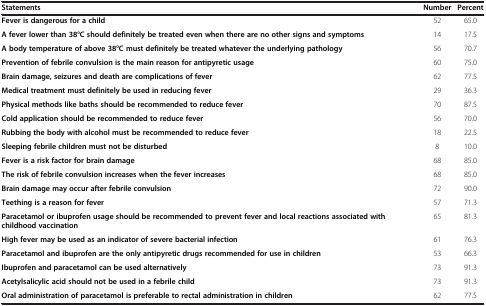
<table><thead><tr><td><b>Statements</b></td><td><b>Number</b></td><td><b>Percent</b></td></tr></thead><tbody><tr><td><b>Fever is dangerous for a child</b></td><td>52</td><td>65.0</td></tr><tr><td><b>A fever lower than 38°C should definitely be treated even when there are no other signs and symptoms</b></td><td>14</td><td>17.5</td></tr><tr><td><b>A body temperature of above 38°C must definitely be treated whatever the underlying pathology</b></td><td>56</td><td>70.7</td></tr><tr><td><b>Prevention of febrile convulsion is the main reason for antipyretic usage</b></td><td>60</td><td>75.0</td></tr><tr><td><b>Brain damage, seizures and death are complications of fever</b></td><td>62</td><td>77.5</td></tr><tr><td><b>Medical treatment must definitely be used in reducing fever</b></td><td>29</td><td>36.3</td></tr><tr><td><b>Physical methods like baths should be recommended to reduce fever</b></td><td>70</td><td>87.5</td></tr><tr><td><b>Cold application should be recommended to reduce fever</b></td><td>56</td><td>70.0</td></tr><tr><td><b>Rubbing the body with alcohol must be recommended to reduce fever</b></td><td>18</td><td>22.5</td></tr><tr><td><b>Sleeping febrile children must not be disturbed</b></td><td>8</td><td>10.0</td></tr><tr><td><b>Fever is a risk factor for brain damage</b></td><td>68</td><td>85.0</td></tr><tr><td><b>The risk of febrile convulsion increases when the fever increases</b></td><td>68</td><td>85.0</td></tr><tr><td><b>Brain damage may occur after febrile convulsion</b></td><td>72</td><td>90.0</td></tr><tr><td><b>Teething is a reason for fever</b></td><td>57</td><td>71.3</td></tr><tr><td><b>Paracetamol or ibuprofen usage should be recommended to prevent fever and local reactions associated with childhood vaccination</b></td><td>65</td><td>81.3</td></tr><tr><td><b>High fever may be used as an indicator of severe bacterial infection</b></td><td>61</td><td>76.3</td></tr><tr><td><b>Paracetamol and ibuprofen are the only antipyretic drugs recommended for use in children</b></td><td>53</td><td>66.3</td></tr><tr><td><b>Ibuprofen and paracetamol can be used alternatively</b></td><td>73</td><td>91.3</td></tr><tr><td><b>Acetylsalicylic acid should not be used in a febrile child</b></td><td>73</td><td>91.3</td></tr><tr><td><b>Oral administration of paracetamol is preferable to rectal administration in children</b></td><td>62</td><td>77.5</td></tr></tbody></table>